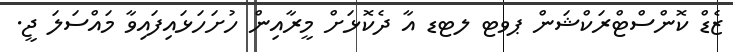
ޒެޑް ކޮންސްޓްރަކްޝަން ޕވޓ ލޓޑ އާ ދެކޮޅަށް މީރާއިން ހުށަހަޅައިފައިވާ މައްސަލަ ޖީ.